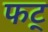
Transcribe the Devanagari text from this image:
फट्